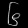
Digit: ၆